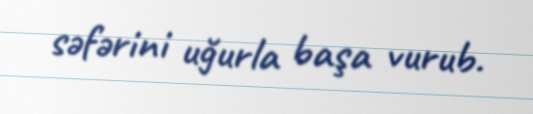
səfərini uğurla başa vurub.